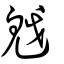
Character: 魆